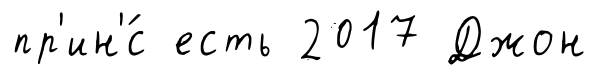
пр'ин'́с есть 2017 Джон